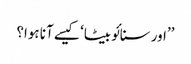
’’اور سنائو بیٹا‘ کیسے آنا ہوا؟